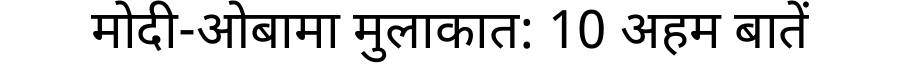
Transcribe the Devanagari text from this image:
मोदी-ओबामा मुलाकात: 10 अहम बातें